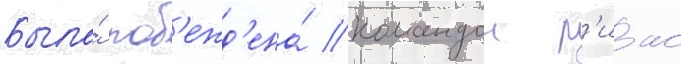
Была́ поб'ежд'ена́ командои р'иас